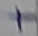
Text: +